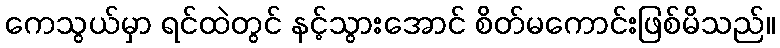
ကေသွယ်မှာ ရင်ထဲတွင် နင့်သွားအောင် စိတ်မကောင်းဖြစ်မိသည်။